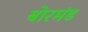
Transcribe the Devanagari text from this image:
बोरमंड